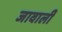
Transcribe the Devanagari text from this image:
जावाली